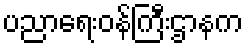
ပညာရေးဝန်ကြီးဌာနက